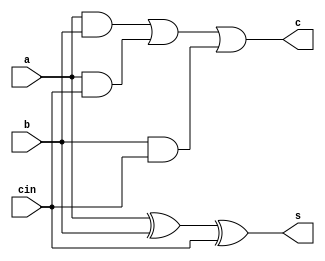
module full_adder(
	input a, b, cin,
	output s, c);
	
	wire w0, w1, w2;
	
	xor x(s, a, b, cin);
	and a0(w0, a, b);
	and a1(w1, a, cin);
	and a2(w2, b, cin);
	or o(c, w0, w1, w2);
endmodule